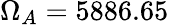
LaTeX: \Omega_{A}=5886.65